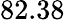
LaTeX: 82.38